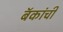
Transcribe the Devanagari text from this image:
बॅकांची